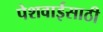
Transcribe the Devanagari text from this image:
पेशवाईसाठी